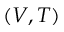
( V , T )